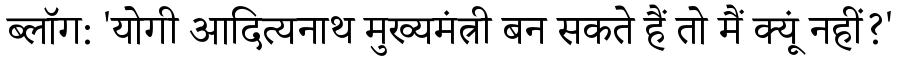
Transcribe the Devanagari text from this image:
ब्लॉग: 'योगी आदित्यनाथ मुख्यमंत्री बन सकते हैं तो मैं क्यूं नहीं?'